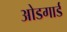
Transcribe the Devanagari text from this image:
ओडगार्ड